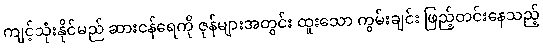
ကျင့်သုံးနိုင်မည် ဆားငန်ရေကို ဇုန်များအတွင်း ထူးသော ကွမ်းချင်း ဖြည့်တင်းနေသည့်